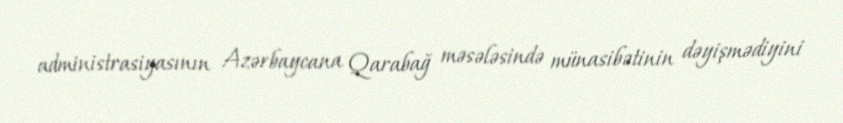
administrasiyasının Azərbaycana Qarabağ məsələsində münasibətinin dəyişmədiyini